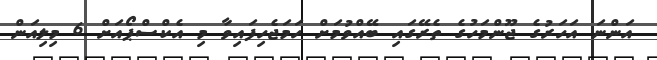
އަންނަ އަހަރުގެ ޖޫންމަހުގެ ތެރޭގައި ބޭއްވުމަށް ހަމަޖެހިފައިވާ މި އެކްސްޕޯއަށް 6 މިލިއަން